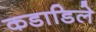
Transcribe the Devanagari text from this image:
कडाडिले